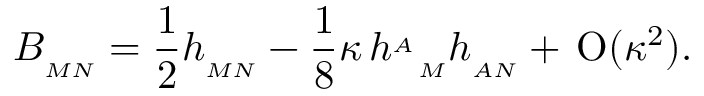
B _ { { } _ { M N } } = \frac { 1 } { 2 } h _ { { } _ { M N } } - \frac { 1 } { 8 } \kappa \, { h ^ { { } _ { A } } } _ { { } _ { M } } h _ { { } _ { A N } } + \, \mathrm { O } ( \kappa ^ { 2 } ) .